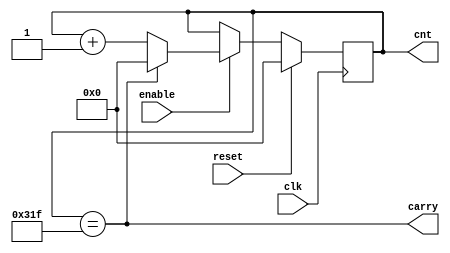
`timescale 1ns / 1ps
//////////////////////////////////////////////////////////////////////////////////
// Company: 
// Engineer: 
// 
// Design Name: 
// Module Name:    Counter 
// Project Name: 
// Target Devices: 
// Tool versions: 
// Description: 
//
// Dependencies: 
//
// Revision: 
// Revision 0.01 - File Created
// Additional Comments: 
//
//////////////////////////////////////////////////////////////////////////////////
module Counter(
    input clk,
    input reset,
    input enable,
    output reg [10:0] cnt,
    output carry
    );

    parameter  UPPER = 800;
	always @(posedge clk) begin
        if (reset) begin
            cnt<=0;
        end
        else if (enable)
            if  (cnt == UPPER-1) begin
                cnt <= 0;
            end
            else begin
                cnt <= cnt+1;
            end
    end
	 
	 assign carry = cnt==UPPER-1;

endmodule